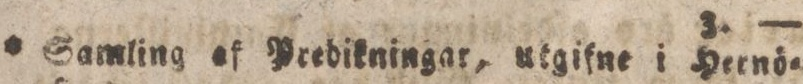
* Samling af Predikningar, utgifne i Hernö=